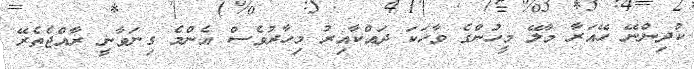
ކުދިންނޭ ހޭއަރާ މާލޭ މީހުންގެ ވާހަކަ ދައްކާއިރު މިހާރުވެސް އެންމެ ގިނަވާނީ ރާއްޖެތެރޭ